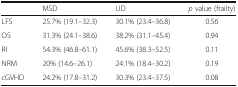
|  | MSD | UD | p value (frailty) |
 | --- | --- | --- | --- |
 | LFS | 25.7% (19.1–32.3) | 30.1% (23.4–36.8) | 0.56 |
 | OS | 31.3% (24.1–38.6) | 38.2% (31.1–45.4) | 0.94 |
 | RI | 54.3% (46.8–61.1) | 45.6% (38.3–52.5) | 0.11 |
 | NRM | 20% (14.6–26.1) | 24.1% (18.4–30.2) | 0.19 |
 | cGVHD | 24.2% (17.8–31.2) | 30.3% (23.4–37.5) | 0.08 |